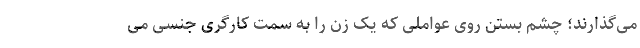
می‌گذارند؛ چشم بستن روی عواملی که یک زن را به سمت کارگری جنسی می‌